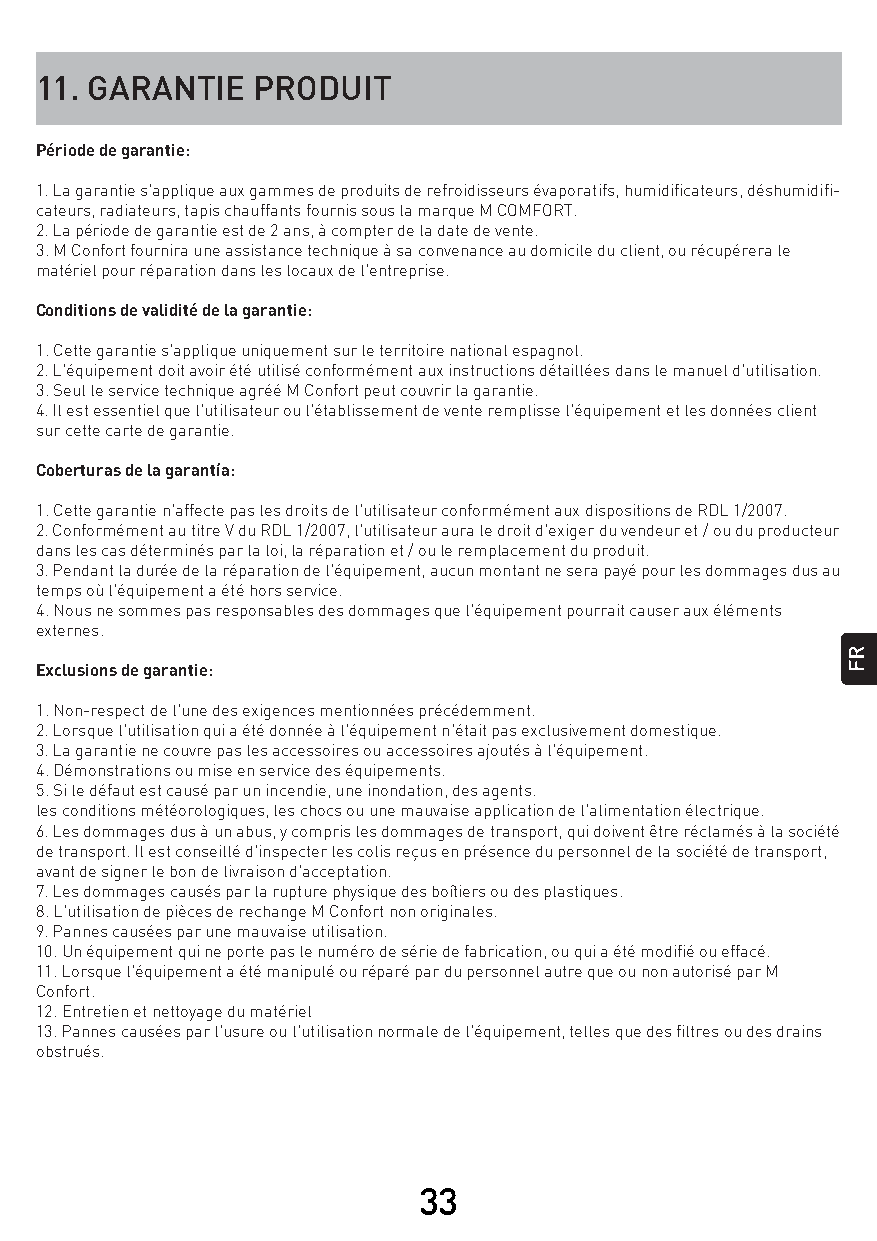
11. GARANTIE   PRODUIT
 Période de garantie:
 1. La garantie s'applique aux gammes de produits de refroidisseurs évaporatifs, humidificateurs, déshumidifi-
 cateurs, radiateurs, tapis chauffants fournis sous la marque M COMFORT.
 2. La période de garantie est de 2 ans, à compter de la date de vente.
 3. M Confort fournira une assistance technique à sa convenance au domicile du client, ou récupérera le
 matériel pour réparation dans les locaux de l'entreprise.
 Conditions de validité de la garantie:
 1. Cette garantie s'applique uniquement sur le territoire national espagnol.
 2. L'équipement doit avoir été utilisé conformément aux instructions détaillées dans le manuel d'utilisation.
 3. Seul le service technique agréé M Confort peut couvrir la garantie.
 4. Il est essentiel que l'utilisateur ou l'établissement de vente remplisse l'équipement et les données client
 sur cette carte de garantie.
 Coberturas de la garantía:
 1. Cette garantie n'affecte pas les droits de l'utilisateur conformément aux dispositions de RDL 1/2007.
 2. Conformément au titre V du RDL 1/2007, l'utilisateur aura le droit d'exiger du vendeur et / ou du producteur
 dans les cas déterminés par la loi, la réparation et / ou le remplacement du produit.
 3. Pendant la durée de la réparation de l'équipement, aucun montant ne sera payé pour les dommages dus au
 temps où l'équipement a été hors service.
 4. Nous ne sommes pas responsables des dommages que l'équipement pourrait causer aux éléments
 externes.
 Exclusions de garantie:
 1. Non-respect de l'une des exigences mentionnées précédemment.
 2. Lorsque l'utilisation qui a été donnée à l'équipement n'était pas exclusivement domestique.
 3. La garantie ne couvre pas les accessoires ou accessoires ajoutés à l'équipement.
 4. Démonstrations ou mise en service des équipements.
 5. Si le défaut est causé par un incendie, une inondation, des agents.
 les conditions météorologiques, les chocs ou une mauvaise application de l'alimentation électrique.
 6. Les dommages dus à un abus, y compris les dommages de transport, qui doivent être réclamés à la société
 de transport. Il est conseillé d'inspecter les colis reçus en présence du personnel de la société de transport,
 avant de signer le bon de livraison d'acceptation.
 7. Les dommages causés par la rupture physique des boîtiers ou des plastiques.
 8. L'utilisation de pièces de rechange M Confort non originales.
 9. Pannes causées par une mauvaise utilisation.
 10. Un équipement qui ne porte pas le numéro de série de fabrication, ou qui a été modifié ou effacé.
 11. Lorsque l'équipement a été manipulé ou réparé par du personnel autre que ou non autorisé par M
 Confort.
 12. Entretien et nettoyage du matériel
 13. Pannes causées par l'usure ou l'utilisation normale de l'équipement, telles que des filtres ou des drains
 obstrués.
 33